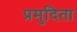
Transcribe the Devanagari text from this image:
प्रमुदिता